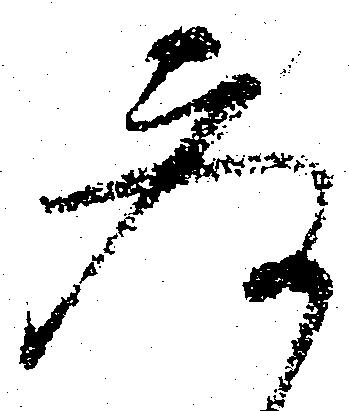
参